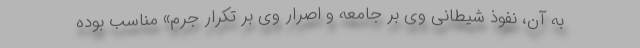
به آن، نفوذ شیطانی وی بر جامعه و اصرار وی بر تکرار جرم» مناسب بوده